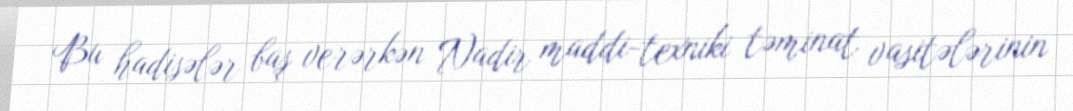
Bu hadisələr baş verərkən Nadir maddi-texniki təminat vasitələrinin